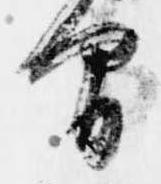
間